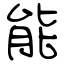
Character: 能